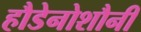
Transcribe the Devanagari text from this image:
हौडेनोशौनी